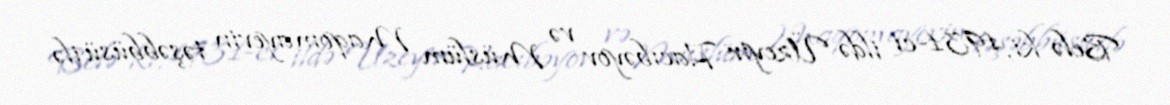
Belə ki, 1931-ci ildə Üzeyir Hacıbəyov və Müslüm Maqomayevin təşəbbüsü ilə